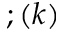
; ( k )